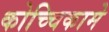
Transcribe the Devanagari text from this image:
कोच्चिकामे